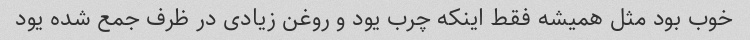
خوب بود مثل همیشه فقط اینکه چرب یود و روغن زیادی در ظرف جمع شده یود